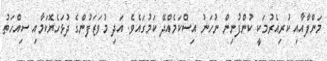
މަންފާއާއި ކުރިއެރުމަކީ ކުންފުނިން ނުހަނު އިސްކަމެއްދޭ ކަމުގައެވެ. އަދި މުވަޒަފުންގެ ދުޅަހެޔޮކަމާއި ސިއްހަތު